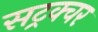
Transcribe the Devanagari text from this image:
सट्रक्चर